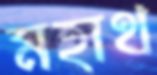
মহাথ